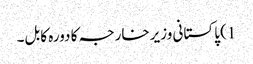
1) پاکستانی وزیرخارجہ کا دورہ کابل۔